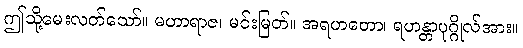
ဤသို့မေးလတ်သော်။ မဟာရာဇ၊ မင်းမြတ်။ အရဟတော၊ ရဟန္တာပုဂ္ဂိုလ်အား။